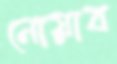
নোয়াব